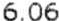
6.06